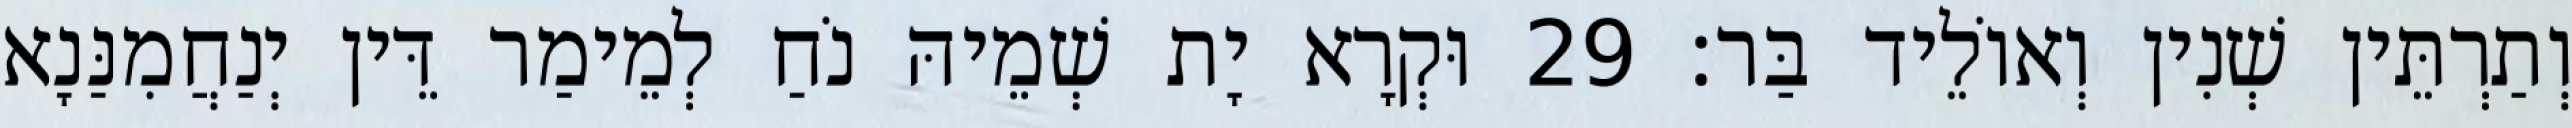
וְתַרְתֵּין שְׁנִין וְאוֹלֵיד בַּר׃ 29 וּקְרָא יָת שְׁמֵיהּ נֹחַ לְמֵימַר דֵּין יְנַחֲמִנַּנָא